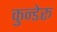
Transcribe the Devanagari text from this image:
कुन्डेरू